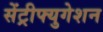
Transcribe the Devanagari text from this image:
सेंट्रीफ्युगेशन